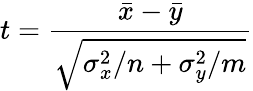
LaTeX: t={\frac{{\bar{x}}-{\bar{y}}}{\sqrt{\sigma_{x}^{2}/n+\sigma_{y}^{2}/m}}}